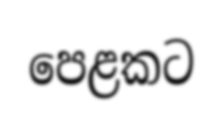
පෙළකට